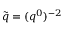
\tilde { q } = ( q ^ { 0 } ) ^ { - 2 }